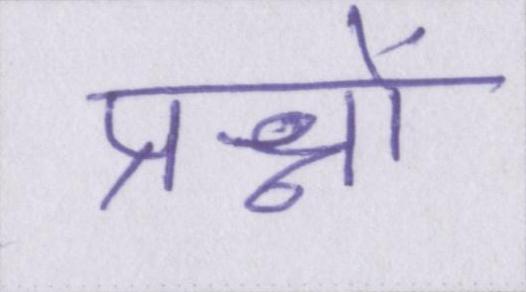
प्रश्नों